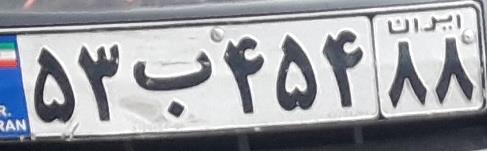
۵۳ب۴۵۴۸۸